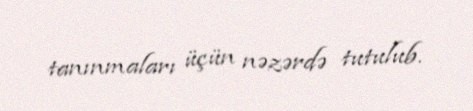
tanınmaları üçün nəzərdə tutulub.